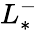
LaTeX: L_{*}^{-}